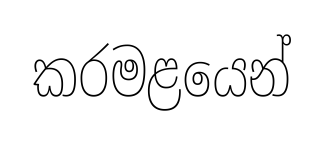
කරමළයෙන්